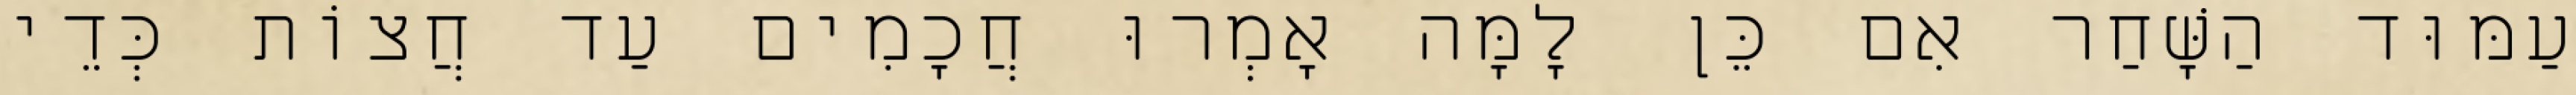
עַמּוּד הַשָּׁחַר אִם כֵּן לָמָּה אָמְרוּ חֲכָמִים עַד חֲצוֹת כְּדֵי